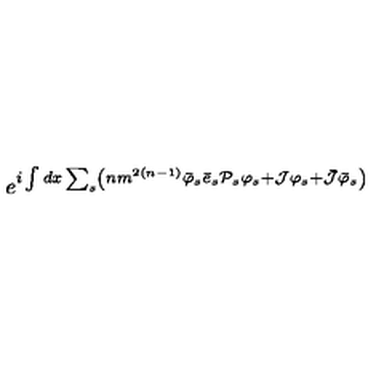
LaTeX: e ^ { i \int d x \sum _ { s } \left( n m ^ { 2 \left( n - 1 \right) } { \bar { \varphi } } _ { s } { \bar { e } } _ { s } { { \cal P } } _ { s } { \varphi } _ { s } + { \cal J } { \varphi } _ { s } + \bar { { \cal J } } { \bar { \varphi } } _ { s } \right) }